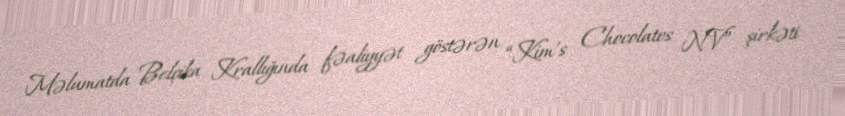
Məlumatda Belçika Krallığında fəaliyyət göstərən “Kim's Chocolates NV” şirkəti